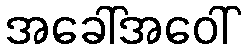
အခေါ်အဝေါ်